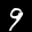
Label: 9